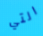
التي